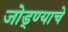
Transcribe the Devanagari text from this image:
जोड्ण्याचे